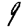
Digit: 9